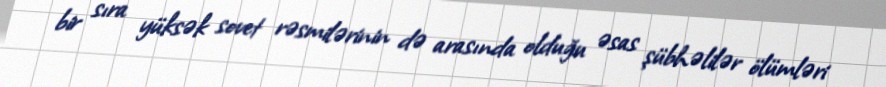
bir sıra yüksək sovet rəsmilərinin də arasında olduğu əsas şübhəlilər ölümləri